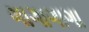
ગાગાગાગા